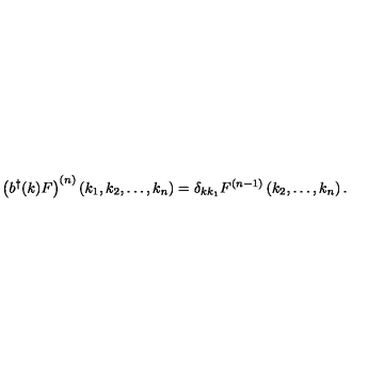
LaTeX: \left( b ^ { \dagger } ( k ) F \right) ^ { ( n ) } \left( k _ { 1 } , k _ { 2 } , \ldots , k _ { n } \right) = \delta _ { k k _ { 1 } } F ^ { ( n - 1 ) } \left( k _ { 2 } , \ldots , k _ { n } \right) .